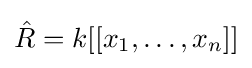
{\hat {R}}=k[[x_{1},\ldots ,x_{n}]]